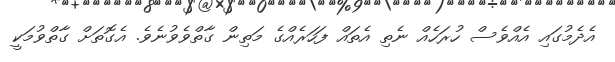
އެދެމުގައި އެއްވެސް ހުރަހެއް ނެތި އެތައް ފަހަރެއްގެ މަތިން ގާތްވެވުނެވެ. އެގޮތަށް ގާތްވުމަކީ